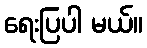
ရေးပြပါ မယ်။